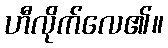
ဟီလိုက်လေ၏။